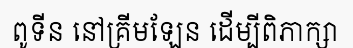
ពូទីន នៅគ្រីមឡែន ដើម្បីពិភាក្សា